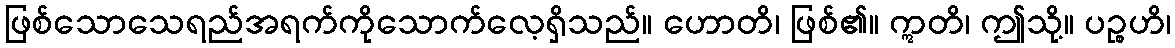
ဖြစ်သောသေရည်အရက်ကိုသောက်လေ့ရှိသည်။ ဟောတိ၊ ဖြစ်၏။ ဣတိ၊ ဤသို့။ ပဉ္စဟိ၊